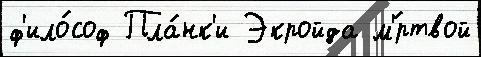
ф'ило́соф Пла́нк'и Экройда м'́ртвой